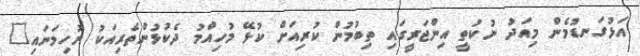
އަޅުގަނޑުމެން މިއަދު ނުކުތީ އިންޖަރީގައި ތިބުމުން ކުރިއަށް ކުޅޭ މުހިއްމު ދެކުޅުންތެރިއަކު ނުހިމަނައި"